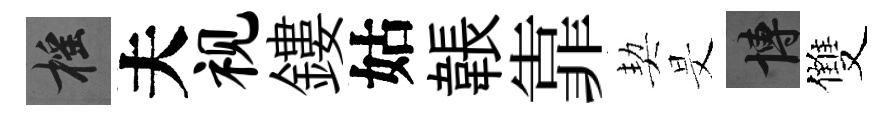
摇夫视鏤姑韔靠契旻博雙